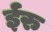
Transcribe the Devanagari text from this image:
ईरु